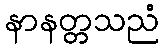
နာနတ္တသညံ